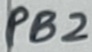
Text: PB2